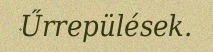
Űrrepülések.